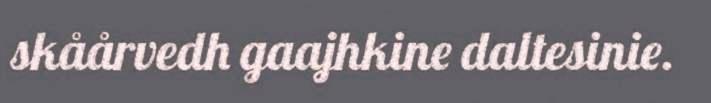
skåårvedh gaajhkine daltesinie.